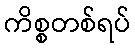
ကိစ္စတစ်ရပ်